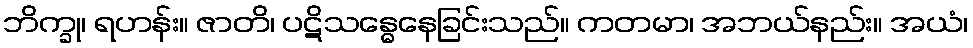
ဘိက္ခု၊ ရဟန်း။ ဇာတိ၊ ပဋိသန္ဓေနေခြင်းသည်။ ကတမာ၊ အဘယ်နည်း။ အယံ၊